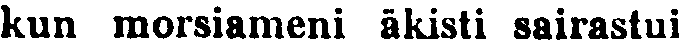
kun morsiameni äkisti sairastui